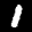
Label: 1